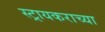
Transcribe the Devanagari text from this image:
स्ट्रायकराच्या